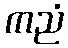
ကညံ